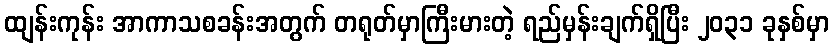
ထျန်းကုန်း အာကာသစခန်းအတွက် တရုတ်မှာကြီးမားတဲ့ ရည်မှန်းချက်ရှိပြီး ၂၀၃၁ ခုနှစ်မှာ